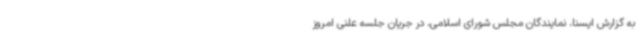
به گزارش ایسنا، نمایندگان مجلس شورای اسلامی، در جریان جلسه علنی امروز